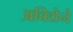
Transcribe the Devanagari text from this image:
अविद्येने